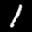
Label: 1